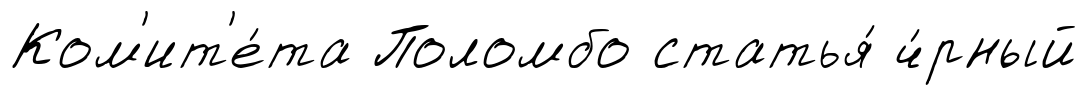
Ком'ит'е́та Поломбо статья́ ч́рный